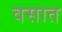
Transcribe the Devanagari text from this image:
वसात